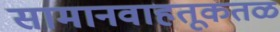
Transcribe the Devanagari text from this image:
सामानवाहतूकतळ